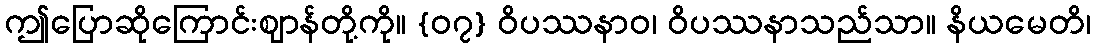
ဤပြောဆိုကြောင်းဈာန်တို့ကို။ {၀၇} ဝိပဿနာဝ၊ ဝိပဿနာသည်သာ။ နိယမေတိ၊